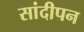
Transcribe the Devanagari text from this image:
सांदीपन